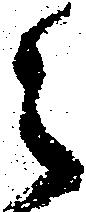
之